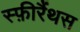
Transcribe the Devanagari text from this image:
स्फ़ीरैंथस